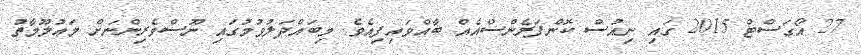
27 އޯގަސްޓް 2015 ގައި ނިއުސް ކޮންފަރެންސްއެއް ބާއްވައިފިއެވެ. މިބައްދަލުވުމުގައި ނޫސްވެރިންނަށް މަޢުލޫމާތު